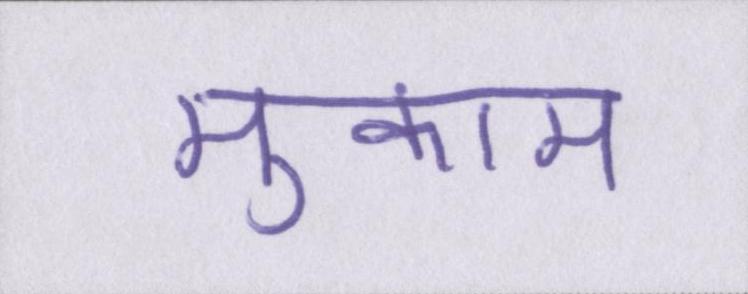
मुकाम